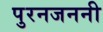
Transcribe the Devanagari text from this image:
पुरनजननी